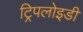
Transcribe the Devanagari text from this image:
ट्रिपलोइडी